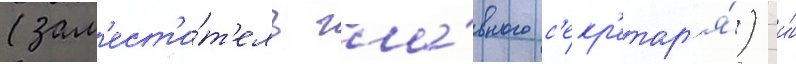
(зам'ест'и́т'ель гла́вного с'екр'етар'я́) и́